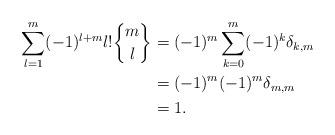
LaTeX: \begin{align*}\displaystyle \sum_{l=1}^{m}(-1)^{l+m} l! \genfrac{\{}{\}}{0pt}{}{m}{l}&=(-1)^m \displaystyle \sum_{k=0}^{m} (-1)^k \delta_{k,m}\\&=(-1)^m (-1)^m \delta_{m,m}\\&=1.\end{align*}